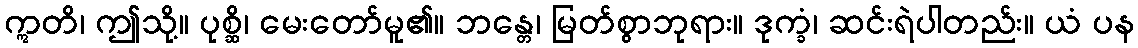
ဣတိ၊ ဤသို့။ ပုစ္ဆိ၊ မေးတော်မူ၏။ ဘန္တေ၊ မြတ်စွာဘုရား။ ဒုက္ခံ၊ ဆင်းရဲပါတည်း။ ယံ ပန